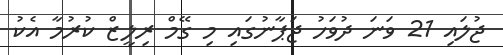
ޖުލައި 21 ވަނަ ދުވަހު ޖަޕާނުގައި މި ގޭމް ރިލީޒް ކުރުމާ އެކު